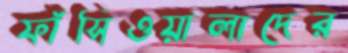
ফাঁসিওয়ালাদের